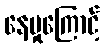
နေမှုကြောင့်